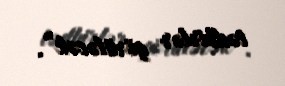
tədbirlər görüləcək”.